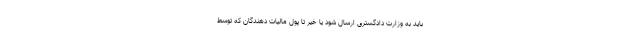
باید به وزارت دادگستری ارسال شود یا خیر تا پول مالیات دهندگان که توسط